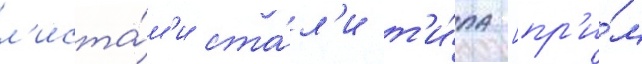
л'иста́м'и ста́л'и т'и́па [пр'и́м